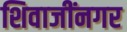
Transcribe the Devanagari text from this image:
शिवाजींनगर